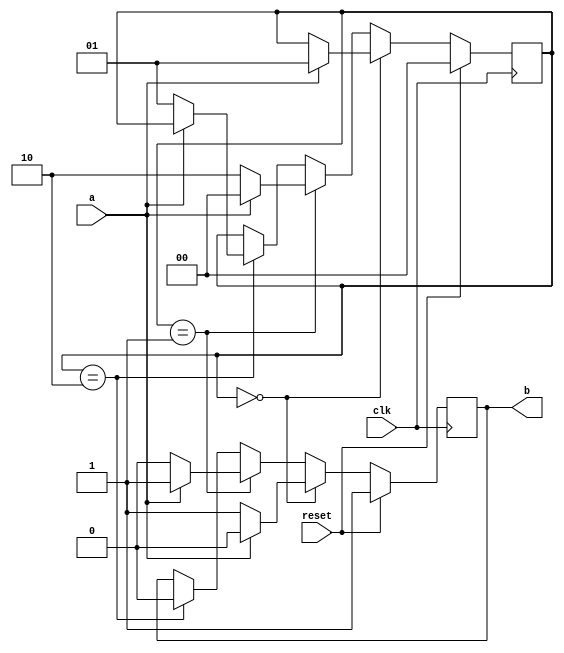
`timescale 1ns / 1ps
//////////////////////////////////////////////////////////////////////////////////
// Assignment 4 
// Project Name: multiplier_of_three
// Description: Group No 28
// Roll no - 18CS10013, 18CS10024
//////////////////////////////////////////////////////////////////////////////////



module multiplier_of_three( input a,input clk, input reset,output reg b);

	reg [1:0]s;
	initial begin
		s = 2'b00;
	end
	always @(posedge clk) begin
		if(reset==1) begin
			s = 2'b00;
			b = 1;
		end
		else 
		begin
			if(s==2'b00) 
			begin
				if(a==0)
					b = 1;
				else begin
					b = 0;
					s = 2'b01;
				end
			end
			else if(s==2'b01) 
			begin
				if(a==0) begin
					s = 2'b10;
					b = 0;
				end
				else begin
					b = 1;
					s = 2'b00;
				end
			end
			
			else if(s==2'b10) 
			begin
				b = 0;
				if(a==0)
					s = 2'b01;
			end
		end
	end

endmodule